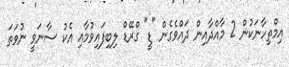
އިމްތިހާނަކުން 2 މާއްދާއިން ދައްވެގެން "ޑީ" ގްރޭޑް ލިބިފައިވުމާއި އެކު ސާނަވީ ނުވަތަ